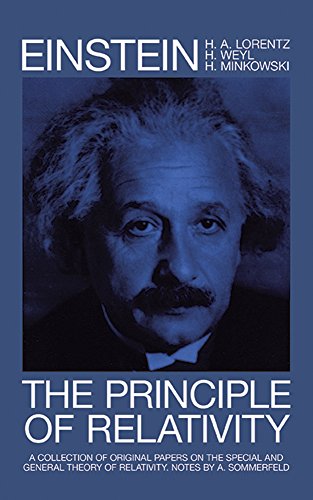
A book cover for The Principle of Relativity (Dover Books on Physics); Albert Einstein; Science & Math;